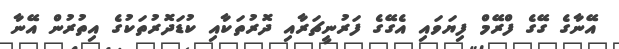
އޭނާގެ ގޭގެ ފްރޭމް ފިޔަވައި އެގޭގެ ފަރުނީޗަރާއި ދޮރުތަކާއި ކުޑަދޮރުތަކުގެ އިތުރުން އޭނާ